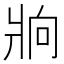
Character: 𰠒